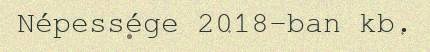
Népessége 2018-ban kb.